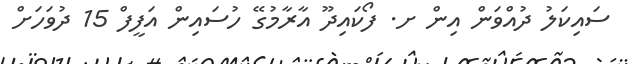
ސައިކަލު ދުއްވަން އިން ށ. ފޯކައިދޫ އާރާމުގޭ ހުސައިން އަފީފް 15 ދުވަހަށް